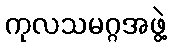
ကုလသမဂ္ဂအဖွဲ့